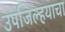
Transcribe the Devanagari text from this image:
उपजिल्हयाचा